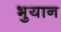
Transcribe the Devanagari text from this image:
भुयान